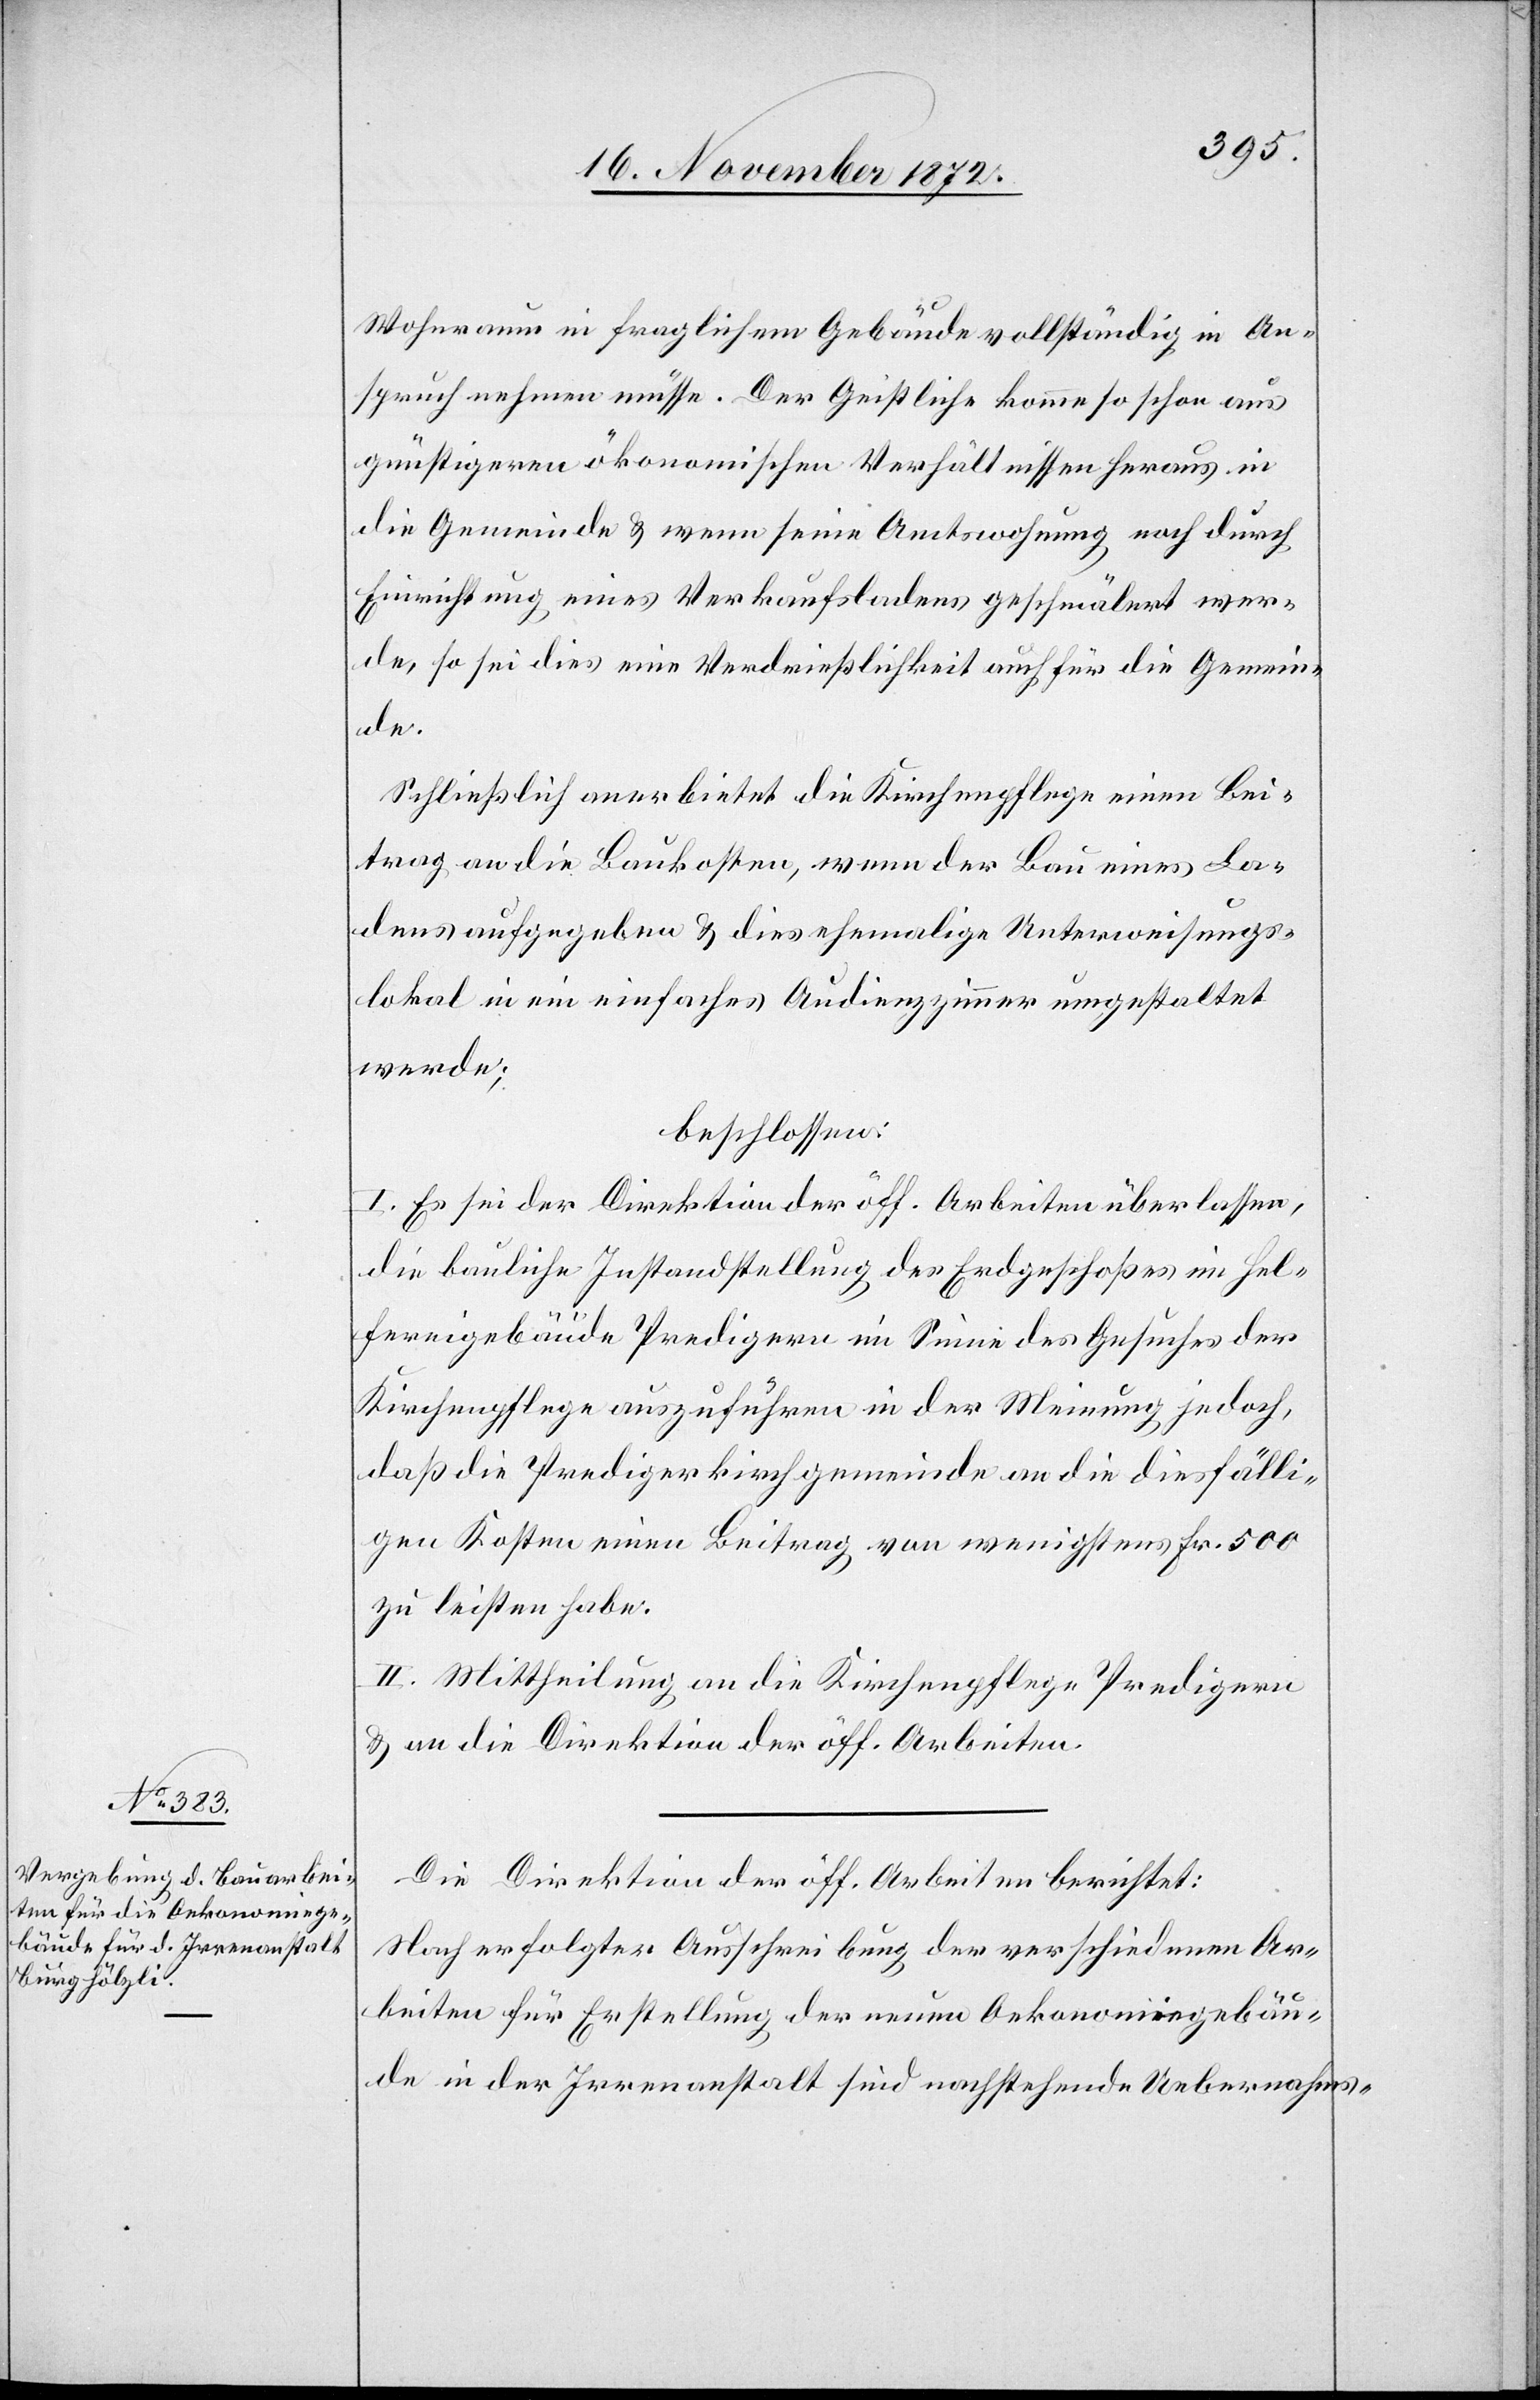
Wohnraum in fraglichem Gebäude vollständig in An¬
spruch nehmen müsse. Der Geistliche komme so schon aus
günstigeren ökonomischen Verhältnissen heraus in
die Gemeinde u. wenn seine Amtswohnung noch durch
Einrichtung eines Verkaufsladens geschmälert wer¬
de, so sei dies eine Verdrießlichkeit auch für die Gemein¬
de.
Schließlich anerbietet die Kirchenpflege einen Bei¬
trag an die Baukosten, wenn der Bau eines La¬
dens aufgegeben u. dies ehemalige Unterweisungs¬
lokal in ein einfaches Audienzzimmer umgestaltet
werde;
beschlossen:
I. Es sei der Direktion der öff. Arbeiten überlassen,
die bauliche Instandstellung des Erdgeschoßes im Hel¬
fereigebäude Predigern im Sinne des Gesuches der
Kirchenpflege auszuführen in der Meinung jedoch,
daß die Predigerkirchgemeinde an die diesfälli¬
gen Kosten einen Beitrag von wenigstens Fr. 500
zu leisten habe.
II. Mittheilung an die Kirchenpflege Predigern
u. an die Direktion der öff. Arbeiten.
Die Direktion der öff. Arbeiten berichtet:
Nach erfolgter Ausschreibung der verschiedenen Ar¬
beiten für Erstellung der neuen Oekonomiegebäu¬
de in der Irrenanstalt sind nachstehende Uebernahms-